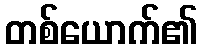
တစ်ယောက်၏